Vaccination in Bombay 1869-1873 - 1869-1873
Year: 1869
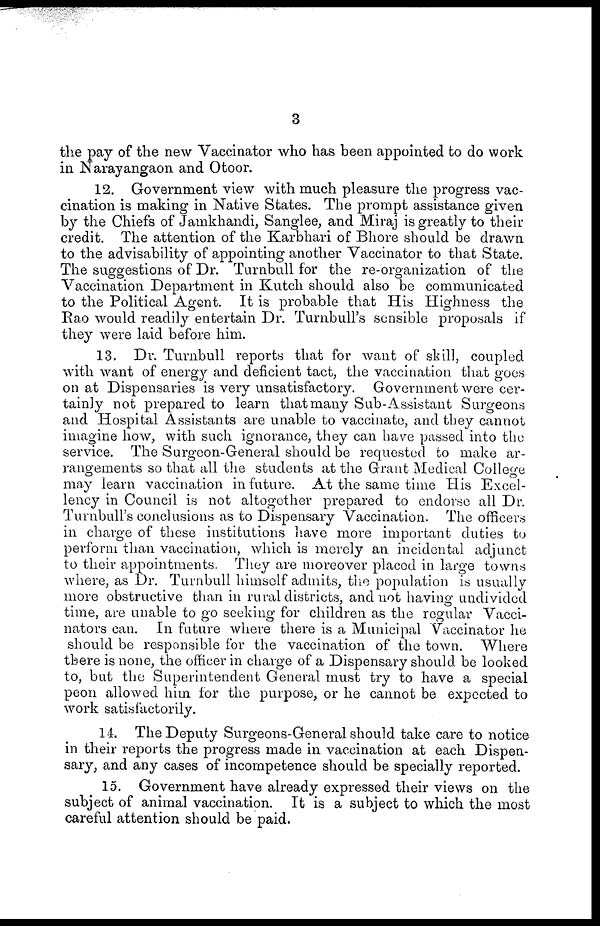
3
the pay of the new Vaccinator who has been appointed to do work
in Narayangaon and Otoor.
12. Government view with much pleasure the progress vac-
cination is making in Native States. The prompt assistance given
by the Chiefs of Jamkhandi, Sanglee, and Miraj is greatly to their
credit. The attention of the Karbhari of Bhore should be drawn
to the advisability of appointing another Vaccinator to that State.
The suggestions of Dr. Turnbull for the re-organization of the
Vaccination Department in Kutch should also be communicated
to the Political Agent. It is probable that His Highness the
Rao would readily entertain Dr. Tumbull's sensible proposals if
they were laid before him.
13. Dr. Turnbull reports that for want of skill, coupled
with want of energy and deficient tact, the vaccination that goes
on at Dispensaries is very unsatisfactory. Government were cer-
tainly not prepared to learn that many Sub-Assistant Surgeons
and Hospital Assistants are unable to vaccinate, and they cannot
imagine how, with such ignorance, they can have passed into the
service. The Surgeon-General should be requested to make ar-
rangements so that all the students at the Grant Medical College
may learn vaccination in future. At the same time His Excel-
lency in Council is not altogether prepared to endorse all Dr.
Turnbull's conclusions as to Dispensary Vaccination. The officers
in charge of these institutions have more important duties to
perform than vaccination, which is merely an incidental adjunct
to their appointments. They are moreover placed in large towns
where, as Dr. Turnbull himself admits, the population is usually
more obstructive than in rural districts, and not having undivided
time, are unable to go seeking for children as the regular Vacci-
nators can. In future where there is a Municipal Vaccinator he
should be responsible for the vaccination of the town. Where
there is none, the officer in charge of a Dispensary should be looked
to, but the Superintendent General must try to have a special
peon allowed him for the purpose, or he cannot be expected to
work satisfactorily.
14. The Deputy Surgeons-General should take care to notice
in their reports the progress made in vaccination at each Dispen-
sary, and any cases of incompetence should be specially reported.
15. Government have already expressed their views on the
subject of animal vaccination. It is a subject to which the most
careful attention should be paid.